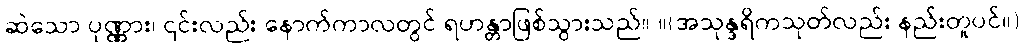
ဆဲသော ပုဏ္ဏား၊ ၎င်းလည်း နောက်ကာလတွင် ရဟန္တာဖြစ်သွားသည်။ ။(အသုန္ဒရိကသုတ်လည်း နည်းတူပင်။)